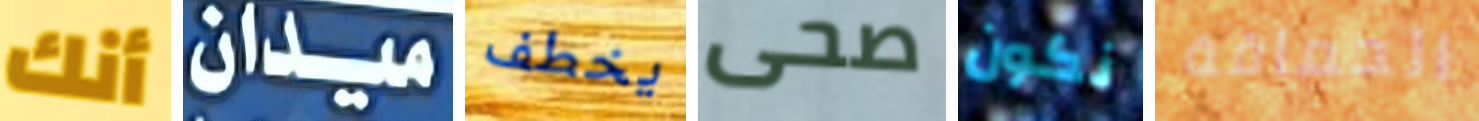
أنك ميدان يخطف صحى نكون الحماقة